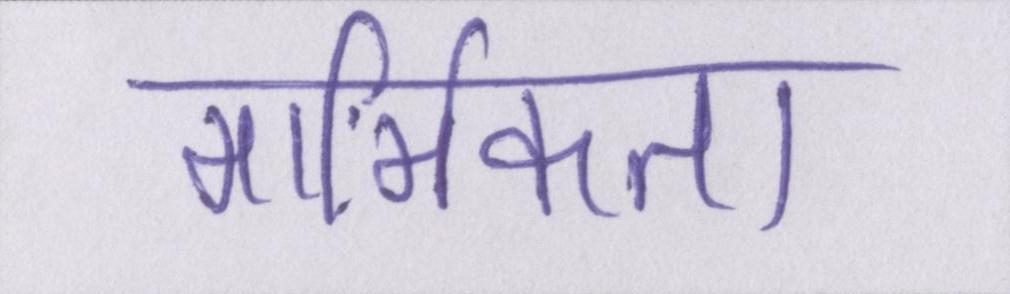
मार्मिकता